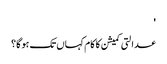
'
عدالتی کمیشن کا کام کہاں تک ہو گا؟